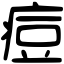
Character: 痘